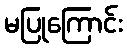
မပြုကြောင်း